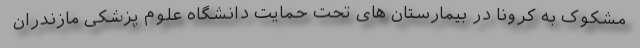
مشکوک به کرونا در بیمارستان های تحت حمایت دانشگاه علوم پزشکی مازندران